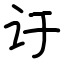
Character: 𬣙